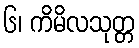
၆၊ ကိမိလသုတ္တ